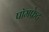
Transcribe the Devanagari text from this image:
पॉमफ्रेट